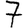
Digit: 7